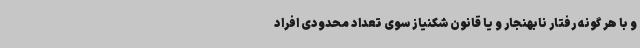
و با هر گونه رفتار نابهنجار و یا قانون شکنیاز سوی تعداد محدودی افراد